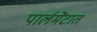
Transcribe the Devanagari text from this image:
पार्लमेंटात